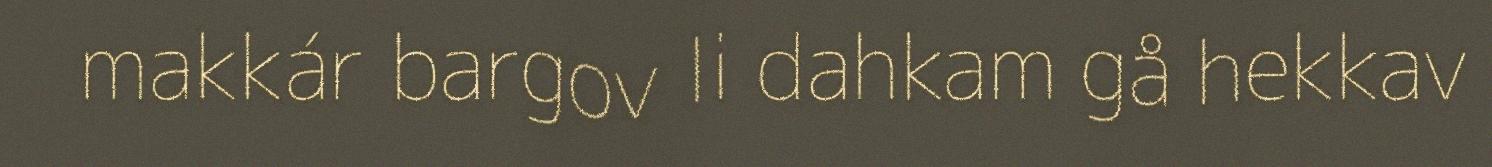
makkár bargov li dahkam gå hekkav